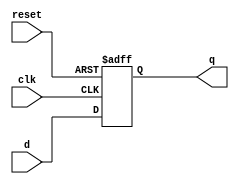
//32-bit DFFE (Register)
module dffe_32(clk, d, q, reset);
	//input
	input [31:0] d;
	input clk;
	input reset;
	
	//output
	output reg [31:0] q;
	
	//logic
	initial begin
		q <= 32'd0;
	end
	
	always@(posedge clk or posedge reset) begin
		if (reset) begin
			q <= 32'd0;
		end else begin
			q <= d;
		end
	end
endmodule